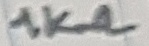
Text: 1KΩ